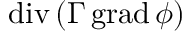
\operatorname { d i v } \left( \Gamma \operatorname { g r a d } \phi \right)